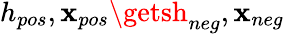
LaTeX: h_{pos},\mathbf{x}_{pos}\getsh_{neg},\mathbf{x}_{neg}